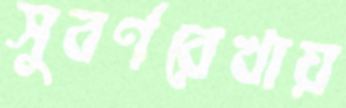
সুবর্ণরেখায়